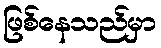
ဖြစ်နေသည်မှာ